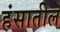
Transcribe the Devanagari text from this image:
हंसातील